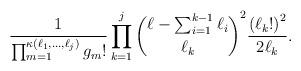
LaTeX: \begin{align*}\frac{1}{\prod_{m=1}^{\kappa(\ell_1, \ldots, \ell_j)} g_m!}\prod_{k=1}^j {\ell-\sum_{i=1}^{k-1} \ell_i \choose \ell_k}^2 \frac{\left( \ell_k ! \right)^2}{2 \ell_k}.\end{align*}